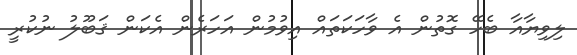
ލިވިޔާއާ ބެހޭ ގޮތުން އެ ވާހަކަތައް އިވުމުން އަހަރެން އެކަން ޤަބޫލު ނުކުރީ